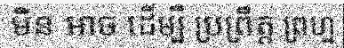
មិន អាច ដើម្បី ប្រព្រឹត្ត ព្រហ្ម